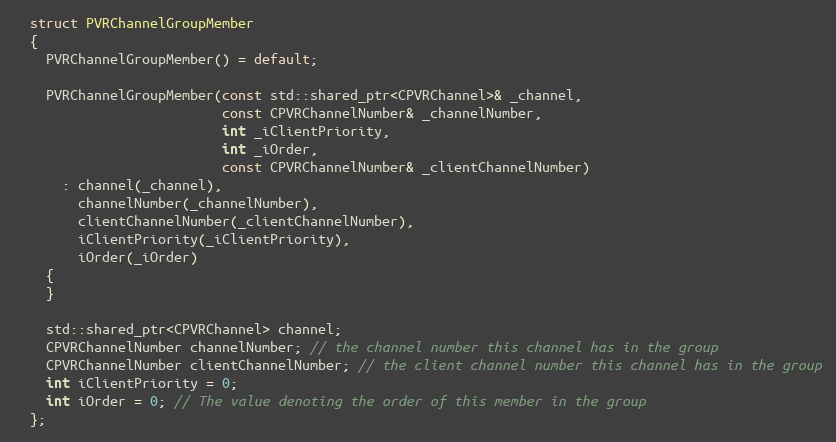
Language: C
  struct PVRChannelGroupMember
  {
    PVRChannelGroupMember() = default;

    PVRChannelGroupMember(const std::shared_ptr<CPVRChannel>& _channel,
                          const CPVRChannelNumber& _channelNumber,
                          int _iClientPriority,
                          int _iOrder,
                          const CPVRChannelNumber& _clientChannelNumber)
      : channel(_channel),
        channelNumber(_channelNumber),
        clientChannelNumber(_clientChannelNumber),
        iClientPriority(_iClientPriority),
        iOrder(_iOrder)
    {
    }

    std::shared_ptr<CPVRChannel> channel;
    CPVRChannelNumber channelNumber; // the channel number this channel has in the group
    CPVRChannelNumber clientChannelNumber; // the client channel number this channel has in the group
    int iClientPriority = 0;
    int iOrder = 0; // The value denoting the order of this member in the group
  };